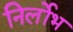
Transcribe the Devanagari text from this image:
निर्लोभ